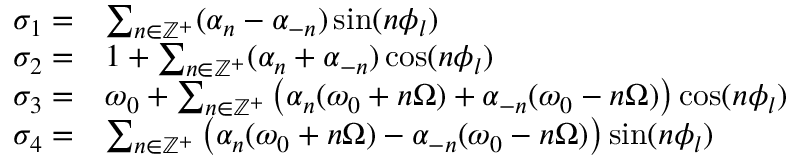
\begin{array} { r l } { \sigma _ { 1 } = } & { \sum _ { n \in \mathbb { Z } ^ { + } } ( \alpha _ { n } - \alpha _ { - n } ) \sin ( n \phi _ { l } ) } \\ { \sigma _ { 2 } = } & { 1 + \sum _ { n \in \mathbb { Z } ^ { + } } ( \alpha _ { n } + \alpha _ { - n } ) \cos ( n \phi _ { l } ) } \\ { \sigma _ { 3 } = } & { \omega _ { 0 } + \sum _ { n \in \mathbb { Z } ^ { + } } \big ( \alpha _ { n } ( \omega _ { 0 } + n \Omega ) + \alpha _ { - n } ( \omega _ { 0 } - n \Omega ) \big ) \cos ( n \phi _ { l } ) } \\ { \sigma _ { 4 } = } & { \sum _ { n \in \mathbb { Z } ^ { + } } \big ( \alpha _ { n } ( \omega _ { 0 } + n \Omega ) - \alpha _ { - n } ( \omega _ { 0 } - n \Omega ) \big ) \sin ( n \phi _ { l } ) } \end{array}